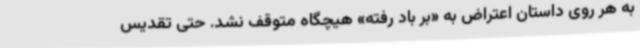
به هر روی داستان اعتراض به «بر باد رفته» هیچگاه متوقف نشد. حتی تقدیس